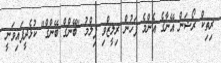
ރިތިކް ރޯޝަން އޭނާގެ އެންމެ ފަހުން ރިލީޒްވި ފިލްމު "ބޭންގް ބޭންގް" ކުޅެދީފައިވަނީ